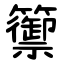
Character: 籞